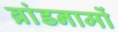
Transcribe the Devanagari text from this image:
ब्रांडनामों